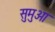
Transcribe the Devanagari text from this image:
सुमुआ